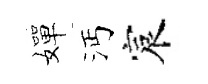
嬋沔宸